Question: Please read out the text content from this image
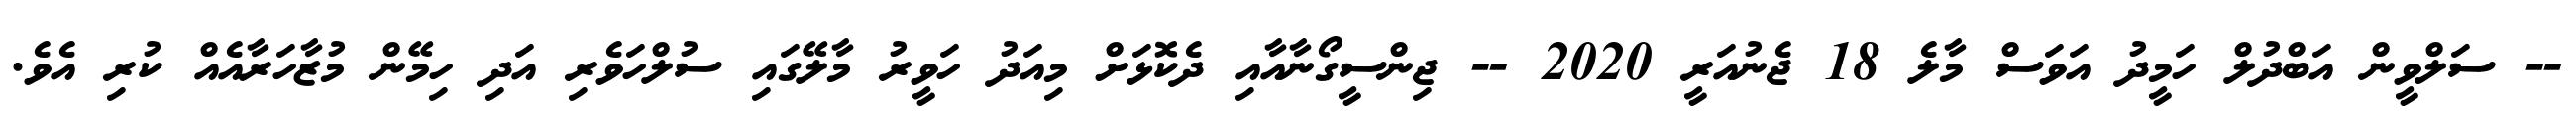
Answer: -- ސަލްވީން އަބްދުލް ހަމީދު އަވަސް މާލެ 18 ޖެނުއަރީ 2020 -- ޖިންސީގޯނާއާއި ދެކޮޅަށް މިއަދު ހަވީރު މާލޭގައި ސުލްހަވެރި އަދި ހިމޭން މުޒާހަރާއެއް ކުރި އެވެ.